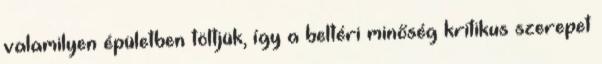
valamilyen épületben töltjük, így a beltéri minőség kritikus szerepet